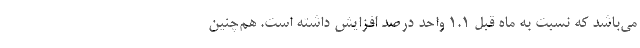
می‌باشد که نسبت به ماه قبل ۱.۱ واحد درصد افزایش داشته است. هم‌چنین